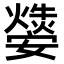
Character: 𤑁